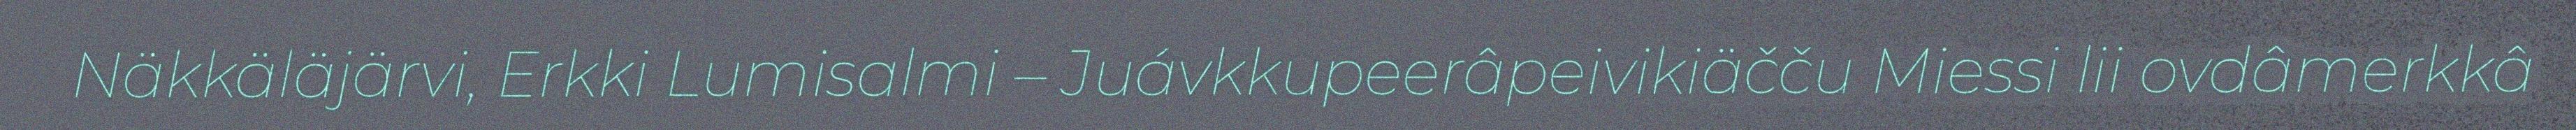
Näkkäläjärvi, Erkki Lumisalmi – Juávkkupeerâpeivikiäčču Miessi lii ovdâmerkkâ